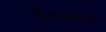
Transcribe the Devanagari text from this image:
है।प्वलक